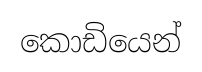
කොඩියෙන්